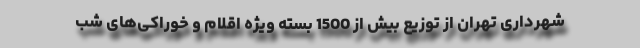
شهرداری تهران از توزیع بیش از 1500 بسته ویژه اقلام و خوراکی‌های شب